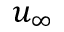
u _ { \infty }